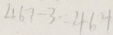
4 6 7 - 3 = 4 6 4